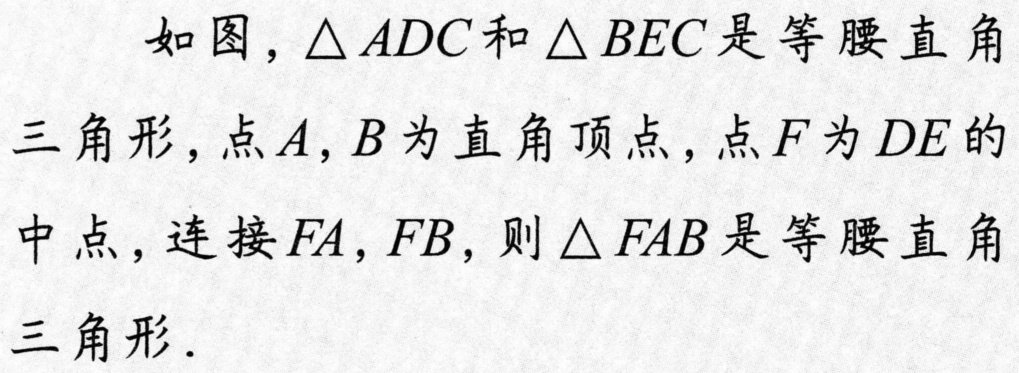
如图，\(\triangle ADC\)和\(\triangle BEC\)是等腰直角三角形，点\(A,B\)为直角顶点，点\(F\)为\(DE\)的中点，连接\(FA,FB\)，则\(\triangle FAB\)是等腰直角三角形.